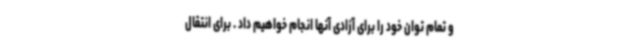
و تمام توان خود را برای آزادی آنها انجام خواهیم داد . برای انتقال